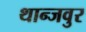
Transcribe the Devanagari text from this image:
थान्जवुर